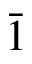
\Bar { 1 }